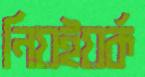
নিয়ইয়র্ক